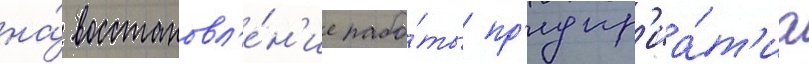
на́ восстановл'е́н'ие рабо́ты пр'едпр'иа́т'иа